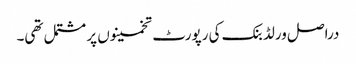
دراصل ورلڈ بنک کی رپورٹ تخمینوں پر مشتمل تھی۔